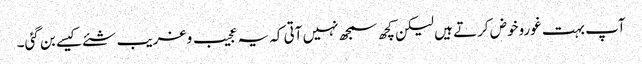
آپ بہت غوروخوض کرتے ہیں لیکن کچھ سمجھ نہیں آتی کہ یہ عجیب و غریب شئے کیسے بن گئی۔